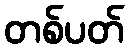
တစ်ပတ်